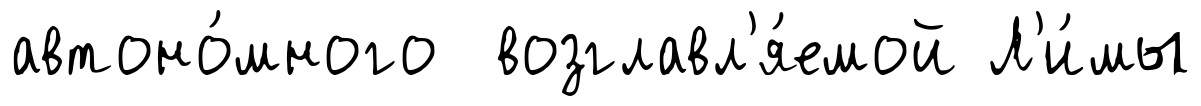
автоно́много возглавл'я́емой Л'и́мы